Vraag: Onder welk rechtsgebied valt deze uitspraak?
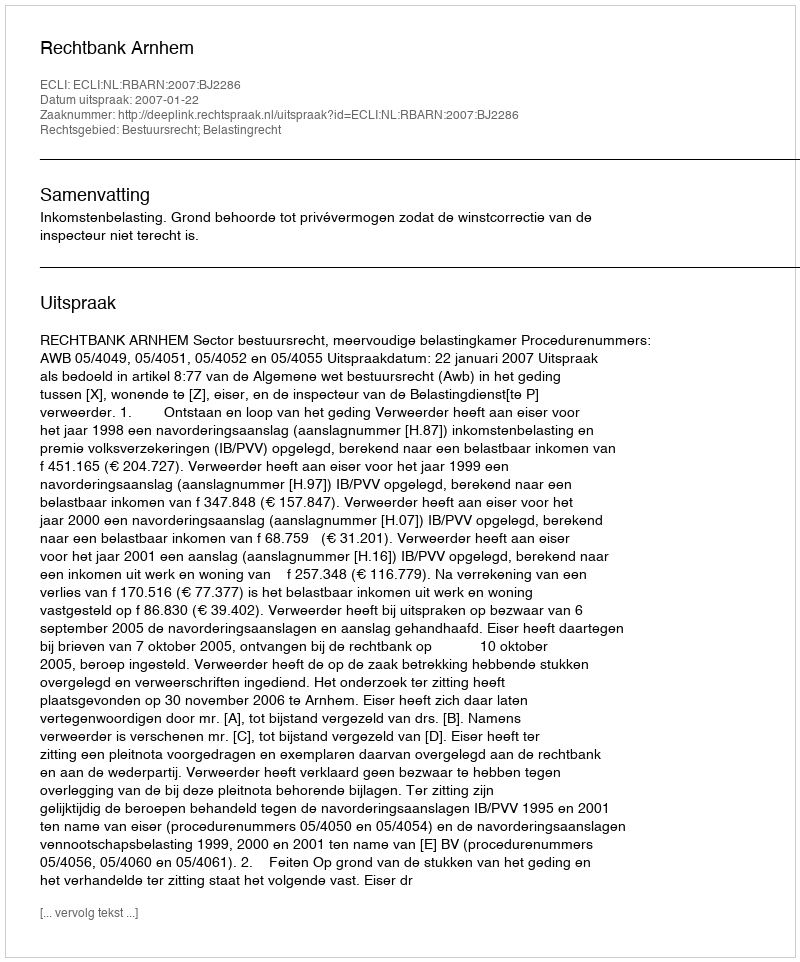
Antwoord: Bestuursrecht; Belastingrecht